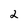
Character: 2